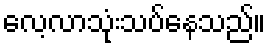
လေ့လာသုံးသပ်နေသည်။